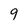
Character: 9